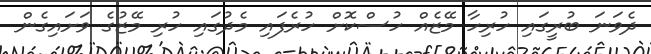
ދެވަނަ ބުރީގައި ހުރިހާ މޭޒެއް ހުސްކޮށް ހުރެފައި މެދުގައި ހުރި މޭޒުގެ ވަށައިގެން